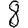
Digit: 8